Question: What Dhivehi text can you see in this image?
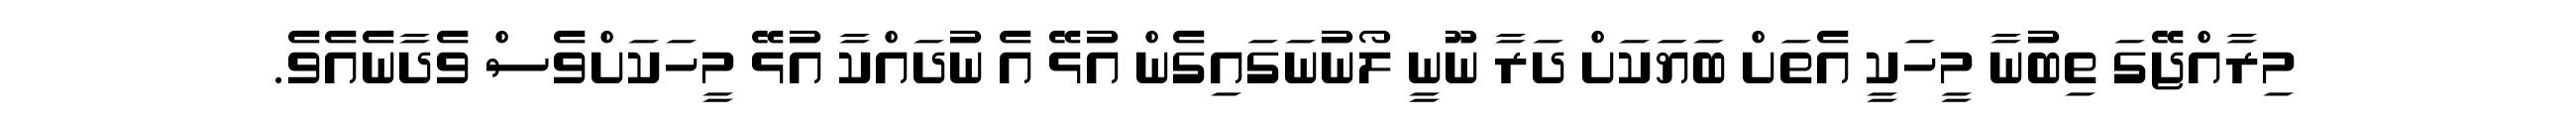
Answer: މިރާއްޖޭގަ ތިބުނާ މީހަކީ އެތަށް ބަޔަކަށް ދަރާ ނޫނީ ލޯނުނަގައިގެން އުޅޭ އެ ނުދައްކާ އުޅޭ މީހަކަށްވެސް ވެދާނެއެވެ.